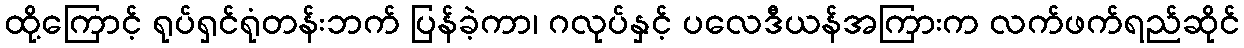
ထို့ကြောင့် ရုပ်ရှင်ရုံတန်းဘက် ပြန်ခဲ့ကာ၊ ဂလုပ်နှင့် ပလေဒီယန်အကြားက လက်ဖက်ရည်ဆိုင်